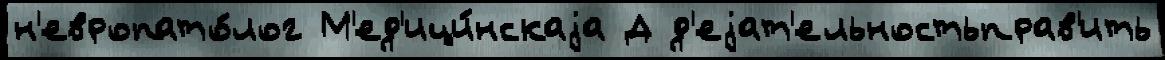
н'европато́лог М'ед'ици́нскаjа Д д'еjат'ельностьправ'ить